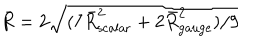
\bar { R } = 2 \sqrt { ( 7 \bar { R } _ { \mathrm { s c a l a r } } ^ { 2 } + 2 \bar { R } _ { \mathrm { g a u g e } } ^ { 2 } ) / 9 }